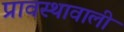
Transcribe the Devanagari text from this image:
प्रावस्थावाली